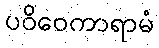
ပဝိဝေကာရာမံ